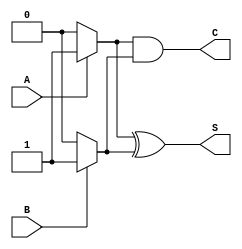
module current_mode_half_adder (
    input wire A,    // Input A
    input wire B,    // Input B
    output wire S,   // Sum output
    output wire C    // Carry output
);

// Wire declarations for intermediate signals
wire current_A;
wire current_B;
wire sum_current;
wire carry_current;

// Define current levels (for simulation purposes)
parameter CURRENT_HIGH = 1'b1; // Representing logic high
parameter CURRENT_LOW = 1'b0;   // Representing logic low

// Current sources for inputs
assign current_A = (A == CURRENT_HIGH) ? 1'b1 : 1'b0; // Input A current
assign current_B = (B == CURRENT_HIGH) ? 1'b1 : 1'b0; // Input B current

// XOR operation for sum (S = A XOR B)
assign sum_current = current_A ^ current_B; // Sum current based on XOR

// AND operation for carry (C = A AND B)
assign carry_current = current_A & current_B; // Carry current based on AND

// Assign outputs based on current levels
assign S = sum_current; // Output for sum
assign C = carry_current; // Output for carry

endmodule